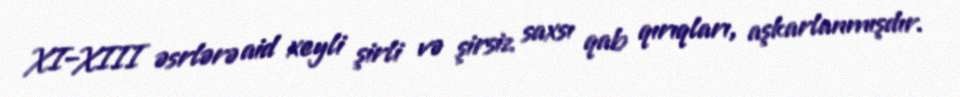
XI–XIII əsrlərə aid xeyli şirli və şirsiz saxsı qab qırıqları, aşkarlanmışdır.